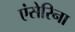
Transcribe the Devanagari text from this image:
एंसेरिना